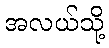
အလယ်သို့